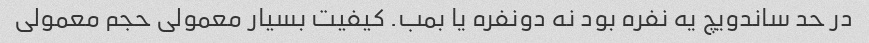
در‌ حد ساندویچ یه نفره بود نه دونفره یا بمب. کیفیت بسیار معمولی حجم معمولی